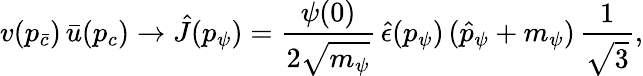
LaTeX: v(p_{\bar{c}})\, \bar{u}(p_{c})\to\hat{J}(p_{\psi})={\frac{\psi(0)}{2\sqrt{\mathstrut m_{\psi}}}}\, \hat{\epsilon}(p_{\psi})\, (\hat{p}_{\psi}+m_{\psi})\, {\frac{1}{\sqrt{\mathstrut 3}}},